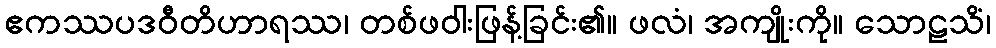
ဧကဿပဒဝီတိဟာရဿ၊ တစ်ဖဝါးဖြန့်ခြင်း၏။ ဖလံ၊ အကျိုးကို။ သောဠသိံ၊